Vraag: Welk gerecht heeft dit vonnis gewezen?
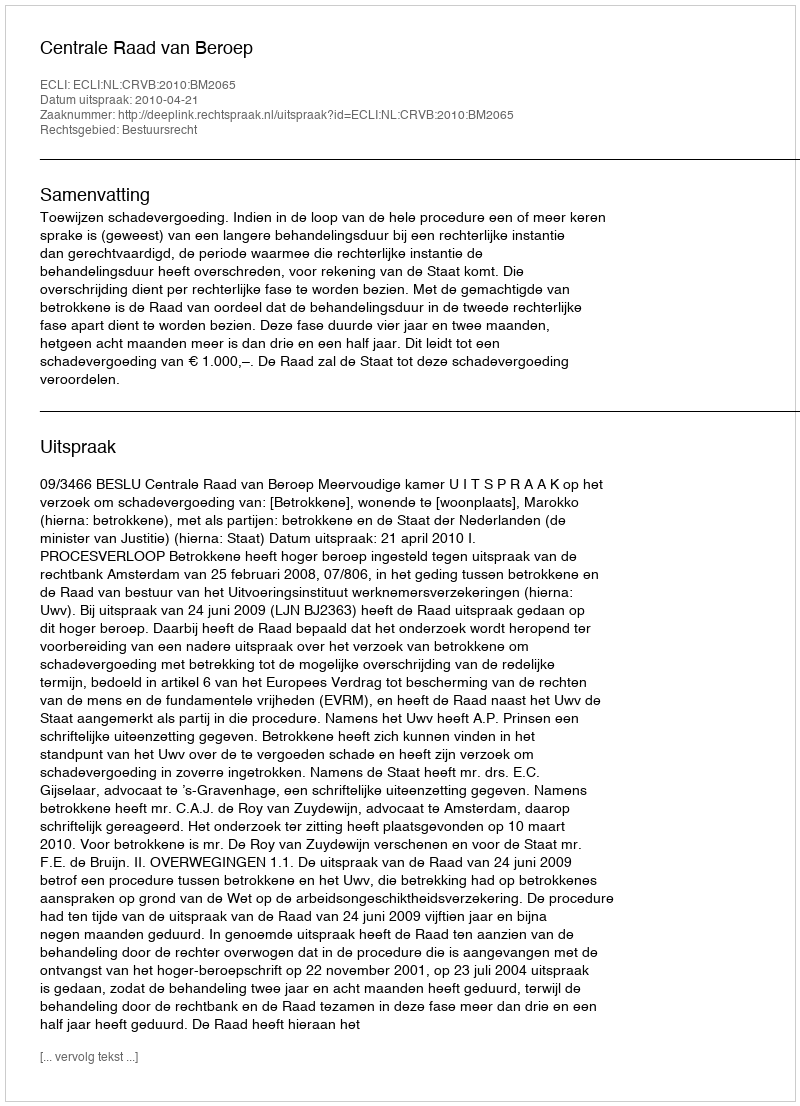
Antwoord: Centrale Raad van Beroep